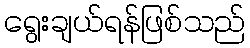
ရွေးချယ်ရန်ဖြစ်သည်